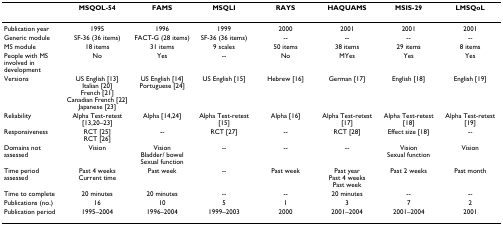
<table><thead><tr><td></td><td><b>MSQOL-54</b></td><td><b>FAMS</b></td><td><b>MSQLI</b></td><td><b>RAYS</b></td><td><b>HAQUAMS</b></td><td><b>MSIS-29</b></td><td><b>LMSQoL</b></td></tr></thead><tbody><tr><td>Publication year</td><td>1995</td><td>1996</td><td>1999</td><td>2000</td><td>2001</td><td>2001</td><td>2001</td></tr><tr><td>Generic module</td><td>SF-36 (36 items)</td><td>FACT-G (28 items)</td><td>SF-36 (36 items)</td><td>--</td><td>--</td><td>--</td><td>--</td></tr><tr><td>MS module</td><td>18 items</td><td>31 items</td><td>9 scales</td><td>50 items</td><td>38 items</td><td>29 items</td><td>8 items</td></tr><tr><td>People with MS involved in development</td><td>No</td><td>Yes</td><td>--</td><td>No</td><td>Yes</td><td>Yes</td><td>Yes</td></tr><tr><td>Versions</td><td>US English [13]Italian [20]French [21]Canadian French [22]Japanese [23]</td><td>US English [14]Portuguese [24]</td><td>US English [15]</td><td>Hebrew [16]</td><td>German [17]</td><td>English [18]</td><td>English [19]</td></tr><tr><td>Reliability</td><td>Alpha Test-retest [13,20–23]</td><td>Alpha [14,24]</td><td>Alpha Test-retest [15]</td><td>Alpha [16]</td><td>Alpha Test-retest [17]</td><td>Alpha Test-retest [18]</td><td>Alpha Test-retest [19]</td></tr><tr><td>Responsiveness</td><td>RCT [25]RCT [26]</td><td>--</td><td>RCT [27]</td><td>--</td><td>RCT [28]</td><td>Effect size [18]</td><td>--</td></tr><tr><td>Domains not assessed</td><td>Vision</td><td>VisionBladder/ bowelSexual function</td><td>--</td><td>--</td><td>--</td><td>VisionSexual function</td><td>Vision</td></tr><tr><td>Time period assessed</td><td>Past 4 weeksCurrent time</td><td>Past week</td><td>--</td><td>Past week</td><td>Past yearPast 4 weeksPast week</td><td>Past 2 weeks</td><td>Past month</td></tr><tr><td>Time to complete</td><td>20 minutes</td><td>20 minutes</td><td>--</td><td>--</td><td>20 minutes</td><td>--</td><td>--</td></tr><tr><td>Publications (no.)</td><td>16</td><td>10</td><td>5</td><td>1</td><td>3</td><td>7</td><td>2</td></tr><tr><td>Publication period</td><td>1995–2004</td><td>1996–2004</td><td>1999–2003</td><td>2000</td><td>2001–2004</td><td>2001–2004</td><td>2001</td></tr></tbody></table>